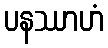
ပနဿာဟံ